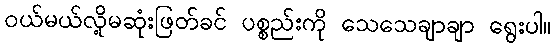
ဝယ်မယ်လို့မဆုံးဖြတ်ခင် ပစ္စည်းကို သေသေချာချာ ရွေးပါ။